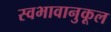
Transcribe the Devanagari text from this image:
स्वभावानुकूल